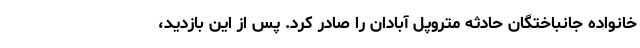
خانواده جانباختگان حادثه متروپل آبادان را صادر کرد. پس از این بازدید،